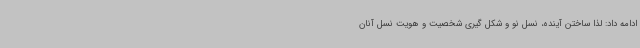
ادامه داد: لذا ساختن آینده، نسل نو و شکل گیری شخصیت و هویت نسل آنان